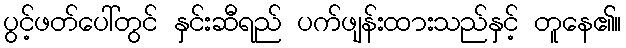
ပွင့်ဖတ်ပေါ်တွင် နှင်းဆီရည် ပက်ဖျန်းထားသည်နှင့် တူနေ၏။